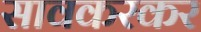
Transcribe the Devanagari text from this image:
सावकरकर